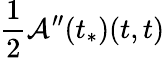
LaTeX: \frac{1}{2}\mathcal{A}^{\prime\prime}(t_{*})(t,t)